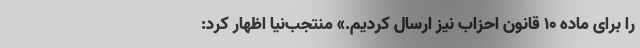
را برای ماده ۱۰ قانون احزاب نیز ارسال کردیم.» منتجب‌نیا اظهار کرد: